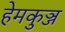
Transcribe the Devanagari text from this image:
हेमकुञ्ज